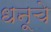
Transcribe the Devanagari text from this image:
धनूचे